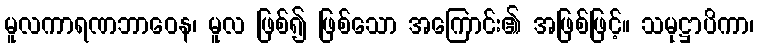
မူလကာရဏဘာဝေန၊ မူလ ဖြစ်၍ ဖြစ်သော အကြောင်း၏ အဖြစ်ဖြင့်။ သမုဋ္ဌာပိကာ၊